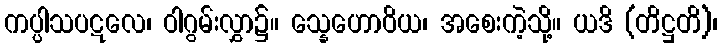
ကပ္ပါသပဋလေ၊ ဝါဂွမ်းလွှာ၌။ သ္နေဟောဝိယ၊ အစေးကဲ့သို့။ ယဒိ (တိဋ္ဌတိ)၊